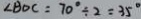
\angle B D C = 7 0 ^ { \circ } \div 2 = 3 5 ^ { \circ }